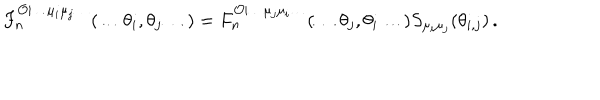
F _ { n } ^ { \mathcal { O } | \ldots \mu _ { i } \mu _ { j } \ldots } ( \ldots \theta _ { i } , \theta _ { j } \ldots ) = F _ { n } ^ { \mathcal { O } | \ldots \mu _ { j } \mu _ { i } \ldots } ( \ldots \theta _ { j } , \theta _ { i } \ldots ) S _ { \mu _ { i } \mu _ { j } } ( \theta _ { i , j } ) \, .